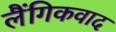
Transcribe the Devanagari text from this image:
लैंगिकवाद